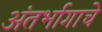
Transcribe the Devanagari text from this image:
अंतर्भागाचे